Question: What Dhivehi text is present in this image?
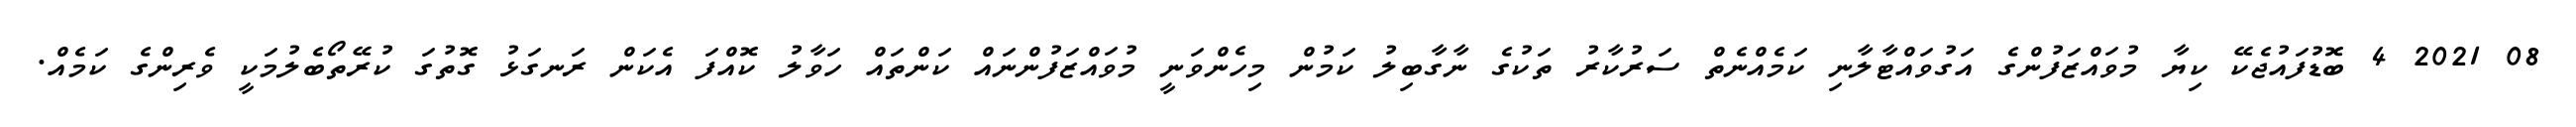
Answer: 08 2021 4 ބޮޑުފައުޖެކޭ ކިޔާ މުވައްޒަފުންގެ އަގުވައްޓާލާނި ކަމެއްނެތް ސަރުކާރު ތަކުގެ ނާގާބިލު ކަމުން މިހެންވަނީ މުވައްޒަފުންނައް ކަންތައް ހަވާލު ކޮއްފަ އެކަން ރަނގަޅު ގޮތުގަ ކުރޭތޯބެލުމަކީ ވެރިންގެ ކަމެއް.